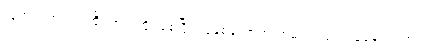
သူ့အား ကုလားထိုင်တွင် ထိုင်စေပြီး လူနှစ်ယောက် ထမ်း၍ သယ်ယူနေရသည်။